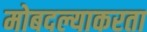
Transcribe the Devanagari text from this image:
मोबदल्याकरता